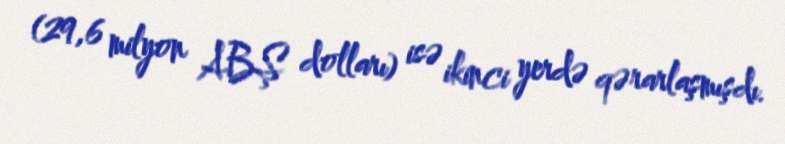
(29,6 milyon ABŞ dolları) isə ikinci yerdə qərarlaşmışdı.